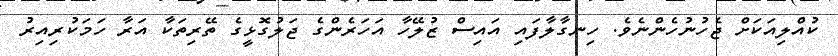
ކުއްލިއަކަށް ޖެހުނުހެންނެވެ. ހިނގާލާފައި އައިސް ޒުލޭހާ އަހަރެންގެ ޖަލުގޮޅީގެ ތޭރިތަކާ އަރާ ހަމަކުރިއިރު